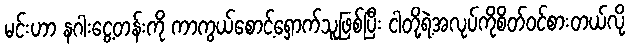
မင်းဟာ နဂါးငွေ့တန်းကို ကာကွယ်စောင့်ရှောက်သူဖြစ်ပြီး ငါတို့ရဲ့အလုပ်ကိုစိတ်ဝင်စားတယ်လို့